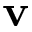
{ \bf v }